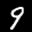
Label: 9